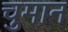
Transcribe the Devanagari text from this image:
चुमान